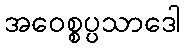
အဝေစ္စပ္ပသာဒေါ